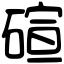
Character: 碹